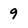
Character: 9